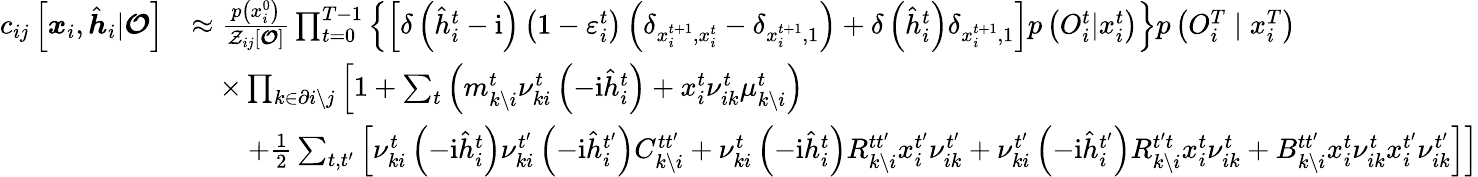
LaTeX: \begin{array}{rl}{c_{ij}\left[\boldsymbol{x}_{i},\hat{\boldsymbol{h}}_{i}|\boldsymbol{\mathcal{O}}\right]}&{\approx\frac{p\left(x_{i}^{0}\right)}{{\mathcal{Z}}_{ij}[\boldsymbol{\mathcal{O}}]}\prod_{t=0}^{T-1}\left\{ \left[\delta\left(\hat{h}_{i}^{t}-\mathrm{i}\right)\left(1-\varepsilon_{i}^{t}\right)\left(\delta_{x_{i}^{t+1},x_{i}^{t}}-\delta_{x_{i}^{t+1},1}\right)+\delta\left(\hat{h}_{i}^{t}\right)\delta_{x_{i}^{t+1},1}\right]p\left({O}_{i}^{t}|x_{i}^{t}\right)\right\} p\left({O}_{i}^{T}\mid x_{i}^{T}\right)}\\ &{\quad\times\prod_{k\in\partial i\setminus j}\left[1+\sum_{t}\left(m_{k\setminus i}^{t}\nu_{ki}^{t}\left(-\mathrm{i}\hat{h}_{i}^{t}\right)+x_{i}^{t}\nu_{ik}^{t}\mu_{k\setminus i}^{t}\right)\right.}\\ &{\qquad\left.+\frac{1}{2}\sum_{t,t^{\prime}}\left[\nu_{ki}^{t}\left(-\mathrm{i}\hat{h}_{i}^{t}\right)\nu_{ki}^{t^{\prime}}\left(-\mathrm{i}\hat{h}_{i}^{t^{\prime}}\right)C_{k\setminus i}^{tt^{\prime}}+\nu_{ki}^{t}\left(-\mathrm{i}\hat{h}_{i}^{t}\right)R_{k\setminus i}^{tt^{\prime}}x_{i}^{t^{\prime}}\nu_{ik}^{t^{\prime}}+\nu_{ki}^{t^{\prime}}\left(-\mathrm{i}\hat{h}_{i}^{t^{\prime}}\right)R_{k\setminus i}^{t^{\prime}t}x_{i}^{t}\nu_{ik}^{t}+B_{k\setminus i}^{tt^{\prime}}x_{i}^{t}\nu_{ik}^{t}x_{i}^{t^{\prime}}\nu_{ik}^{t^{\prime}}\right]\right]}\end{array}